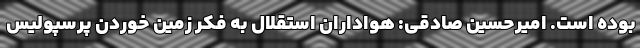
بوده است. امیرحسین صادقی: هواداران استقلال به فکر زمین خوردن پرسپولیس